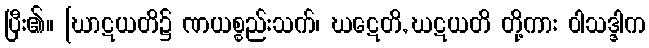
ပြီး၏။ [ဃာဋယတိ၌ ဏယစ္စည်းသက်၊ ဃဋေတိ, ဃဋယတိ တို့ကား ဝါသဒ္ဒါက